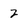
Character: 2